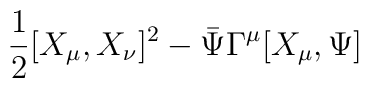
\frac{1}{2}[X_{\mu}, X_{\nu}]^2-\bar{\Psi}\Gamma^{\mu}[X_{\mu},\Psi]